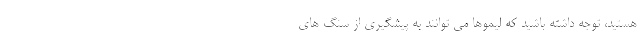
هستید، توجه داشته باشید که لیموها می توانند به پیشگیری از سنگ های